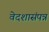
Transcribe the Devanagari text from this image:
वेदशासंपन्न